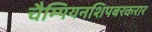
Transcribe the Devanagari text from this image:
चैम्पियनशिपबरकरार